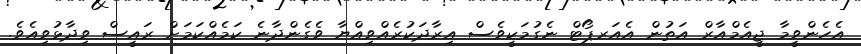
އެހެންވީމާ ޖީއެމްއާރް އަތުން އެއަރޕޯޓް ނެގުމަކީވެސް އިރާދަކުރެއްވިއްޔާ ވެގެންދާނެ ކަމެއްކަމަށް ރައީސް ވިދާޅުވިއެވެ.